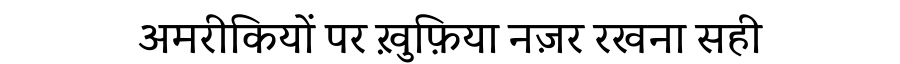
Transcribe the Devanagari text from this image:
अमरीकियों पर ख़ुफ़िया नज़र रखना सही